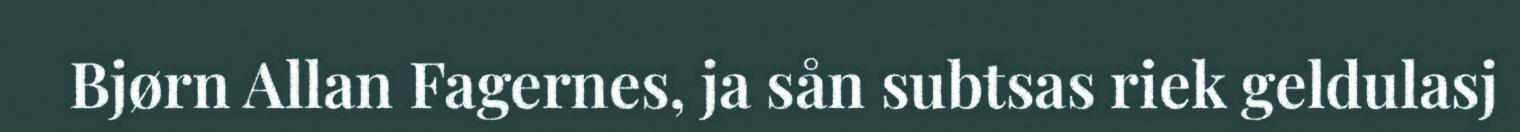
Bjørn Allan Fagernes, ja sån subtsas riek geldulasj